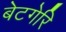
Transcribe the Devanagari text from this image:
बेटगेरि